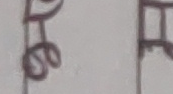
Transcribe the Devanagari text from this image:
सेत